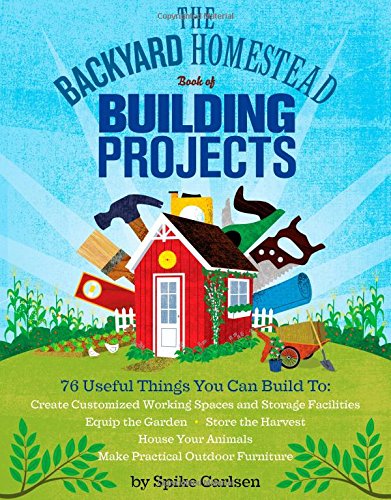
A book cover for The Backyard Homestead Book of Building Projects: 76 Useful Things You Can Build to Create Customized Working Spaces and Storage Facilities, Equip the ... Animals, and Make Practical Outdoor Furniture; Spike Carlsen; Engineering & Transportation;